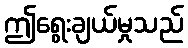
ဤရွေးချယ်မှုသည်